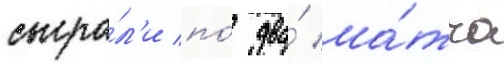
сыгра́л'и по́ два́ ма́тча